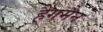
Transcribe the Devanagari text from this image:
हैगमैन